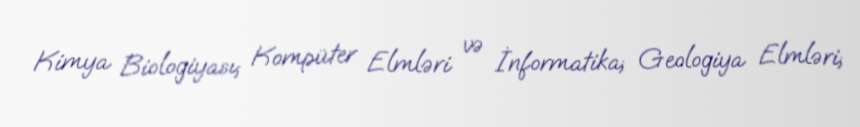
Kimya Biologiyası; Kompüter Elmləri və İnformatika; Geologiya Elmləri;